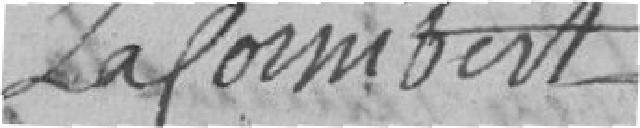
Lafornibert